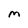
Character: m